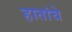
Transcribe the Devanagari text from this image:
हातांचे